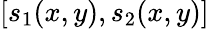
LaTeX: [s_{1}(x,y),s_{2}(x,y)]